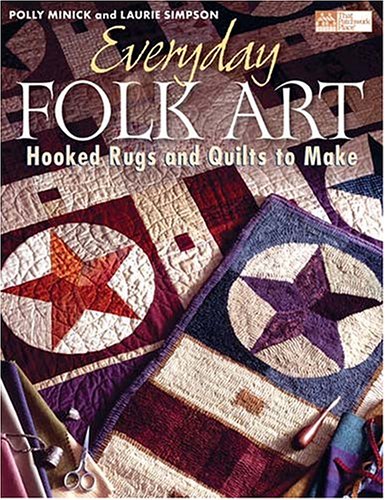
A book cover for Everyday Folk Art: Hooked Rugs and Quilts to Make; Polly Minick; Crafts, Hobbies & Home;